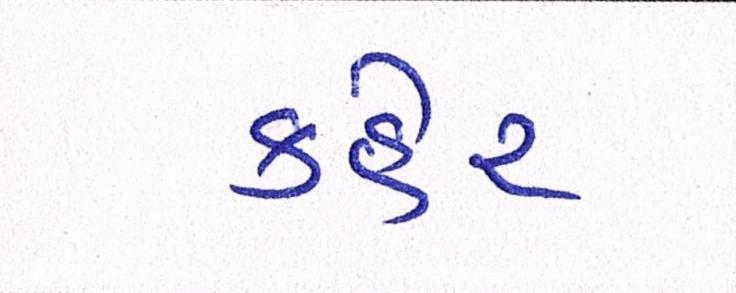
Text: કહેર